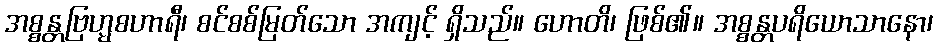
အစ္စန္တဗြဟ္မစဟာရီ၊ စင်စစ်မြတ်သော အကျင့် ရှိသည်။ ဟောတိ၊ ဖြစ်၏။ အစ္စန္တပရိယောသာနော၊